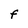
Character: F